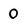
Character: 0